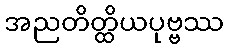
အညတိတ္ထိယပုဗ္ဗဿ